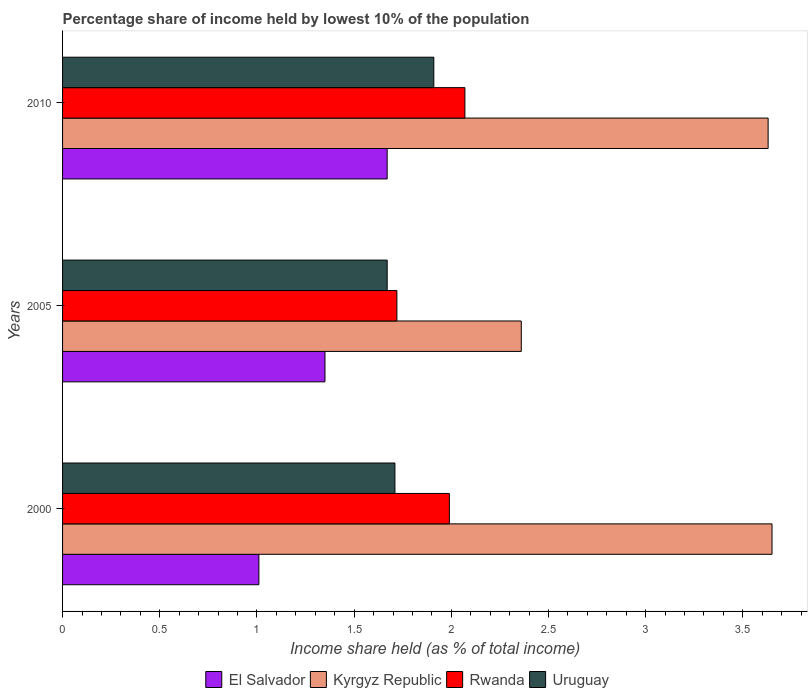
| Years | El Salvador | Kyrgyz Republic | Rwanda | Uruguay |
 | --- | --- | --- | --- | --- |
 | 2000 | 1.01 | 3.65 | 1.99 | 1.71 |
 | 2005 | 1.35 | 2.36 | 1.72 | 1.67 |
 | 2010 | 1.67 | 3.63 | 2.07 | 1.91 |